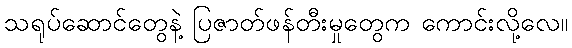
သရုပ်ဆောင်တွေနဲ့ ပြဇာတ်ဖန်တီးမှုတွေက ကောင်းလို့လေ။